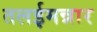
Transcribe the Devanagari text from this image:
तलईमन्नार